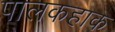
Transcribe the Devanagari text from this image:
पालकहाक